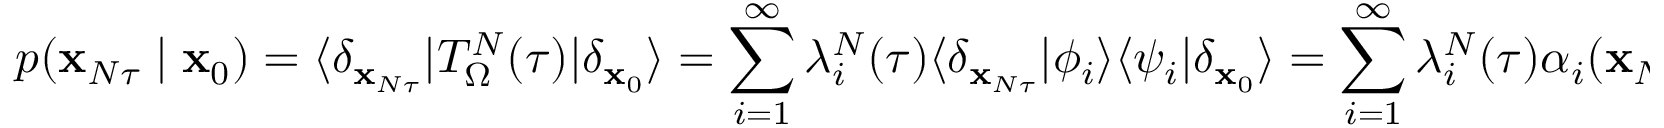
p ( \mathbf { x } _ { N \tau } \mid \mathbf { x } _ { 0 } ) = \langle \delta _ { \mathbf { x } _ { N \tau } } | T _ { \Omega } ^ { N } ( \tau ) | \delta _ { \mathbf { x } _ { 0 } } \rangle = \sum _ { i = 1 } ^ { \infty } \lambda _ { i } ^ { N } ( \tau ) \langle \delta _ { \mathbf { x } _ { N \tau } } | \phi _ { i } \rangle \langle \psi _ { i } | \delta _ { \mathbf { x } _ { 0 } } \rangle = \sum _ { i = 1 } ^ { \infty } \lambda _ { i } ^ { N } ( \tau ) \alpha _ { i } ( \mathbf { x } _ { N \tau } ) \beta _ { i } ( \mathbf { x } _ { 0 } )